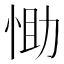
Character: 𢚆